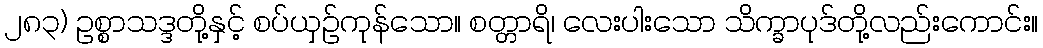
၂၈၃) ဥစ္စာသဒ္ဒတို့နှင့် စပ်ယှဉ်ကုန်သော။ စတ္တာရိ၊ လေးပါးသော သိက္ခာပုဒ်တို့လည်းကောင်း။